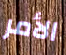
الأمر